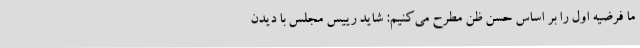
ما فرضیه اول را بر اساس حُسن ظن مطرح می‌کنیم: شاید رییس مجلس با دیدن